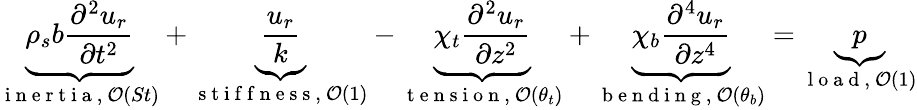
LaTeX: \underbrace{\rho_{s}b\frac{\partial^{2}u_{r}}{\partial t^{2}}}_{\mathrm{~i~n~e~r~t~i~a~},~\mathcal{O}(St)}+\underbrace{\frac{u_{r}}{k}}_{\mathrm{~s~t~i~f~f~n~e~s~s~},~\mathcal{O}(1)}-\underbrace{\chi_{t}\frac{\partial^{2}u_{r}}{\partial z^{2}}}_{\mathrm{~t~e~n~s~i~o~n~},~\mathcal{O}(\theta_{t})}+\underbrace{\chi_{b}\frac{\partial^{4}u_{r}}{\partial z^{4}}}_{\mathrm{~b~e~n~d~i~n~g~},~\mathcal{O}(\theta_{b})}=\underbrace{p}_{\mathrm{~l~o~a~d~},~\mathcal{O}(1)}